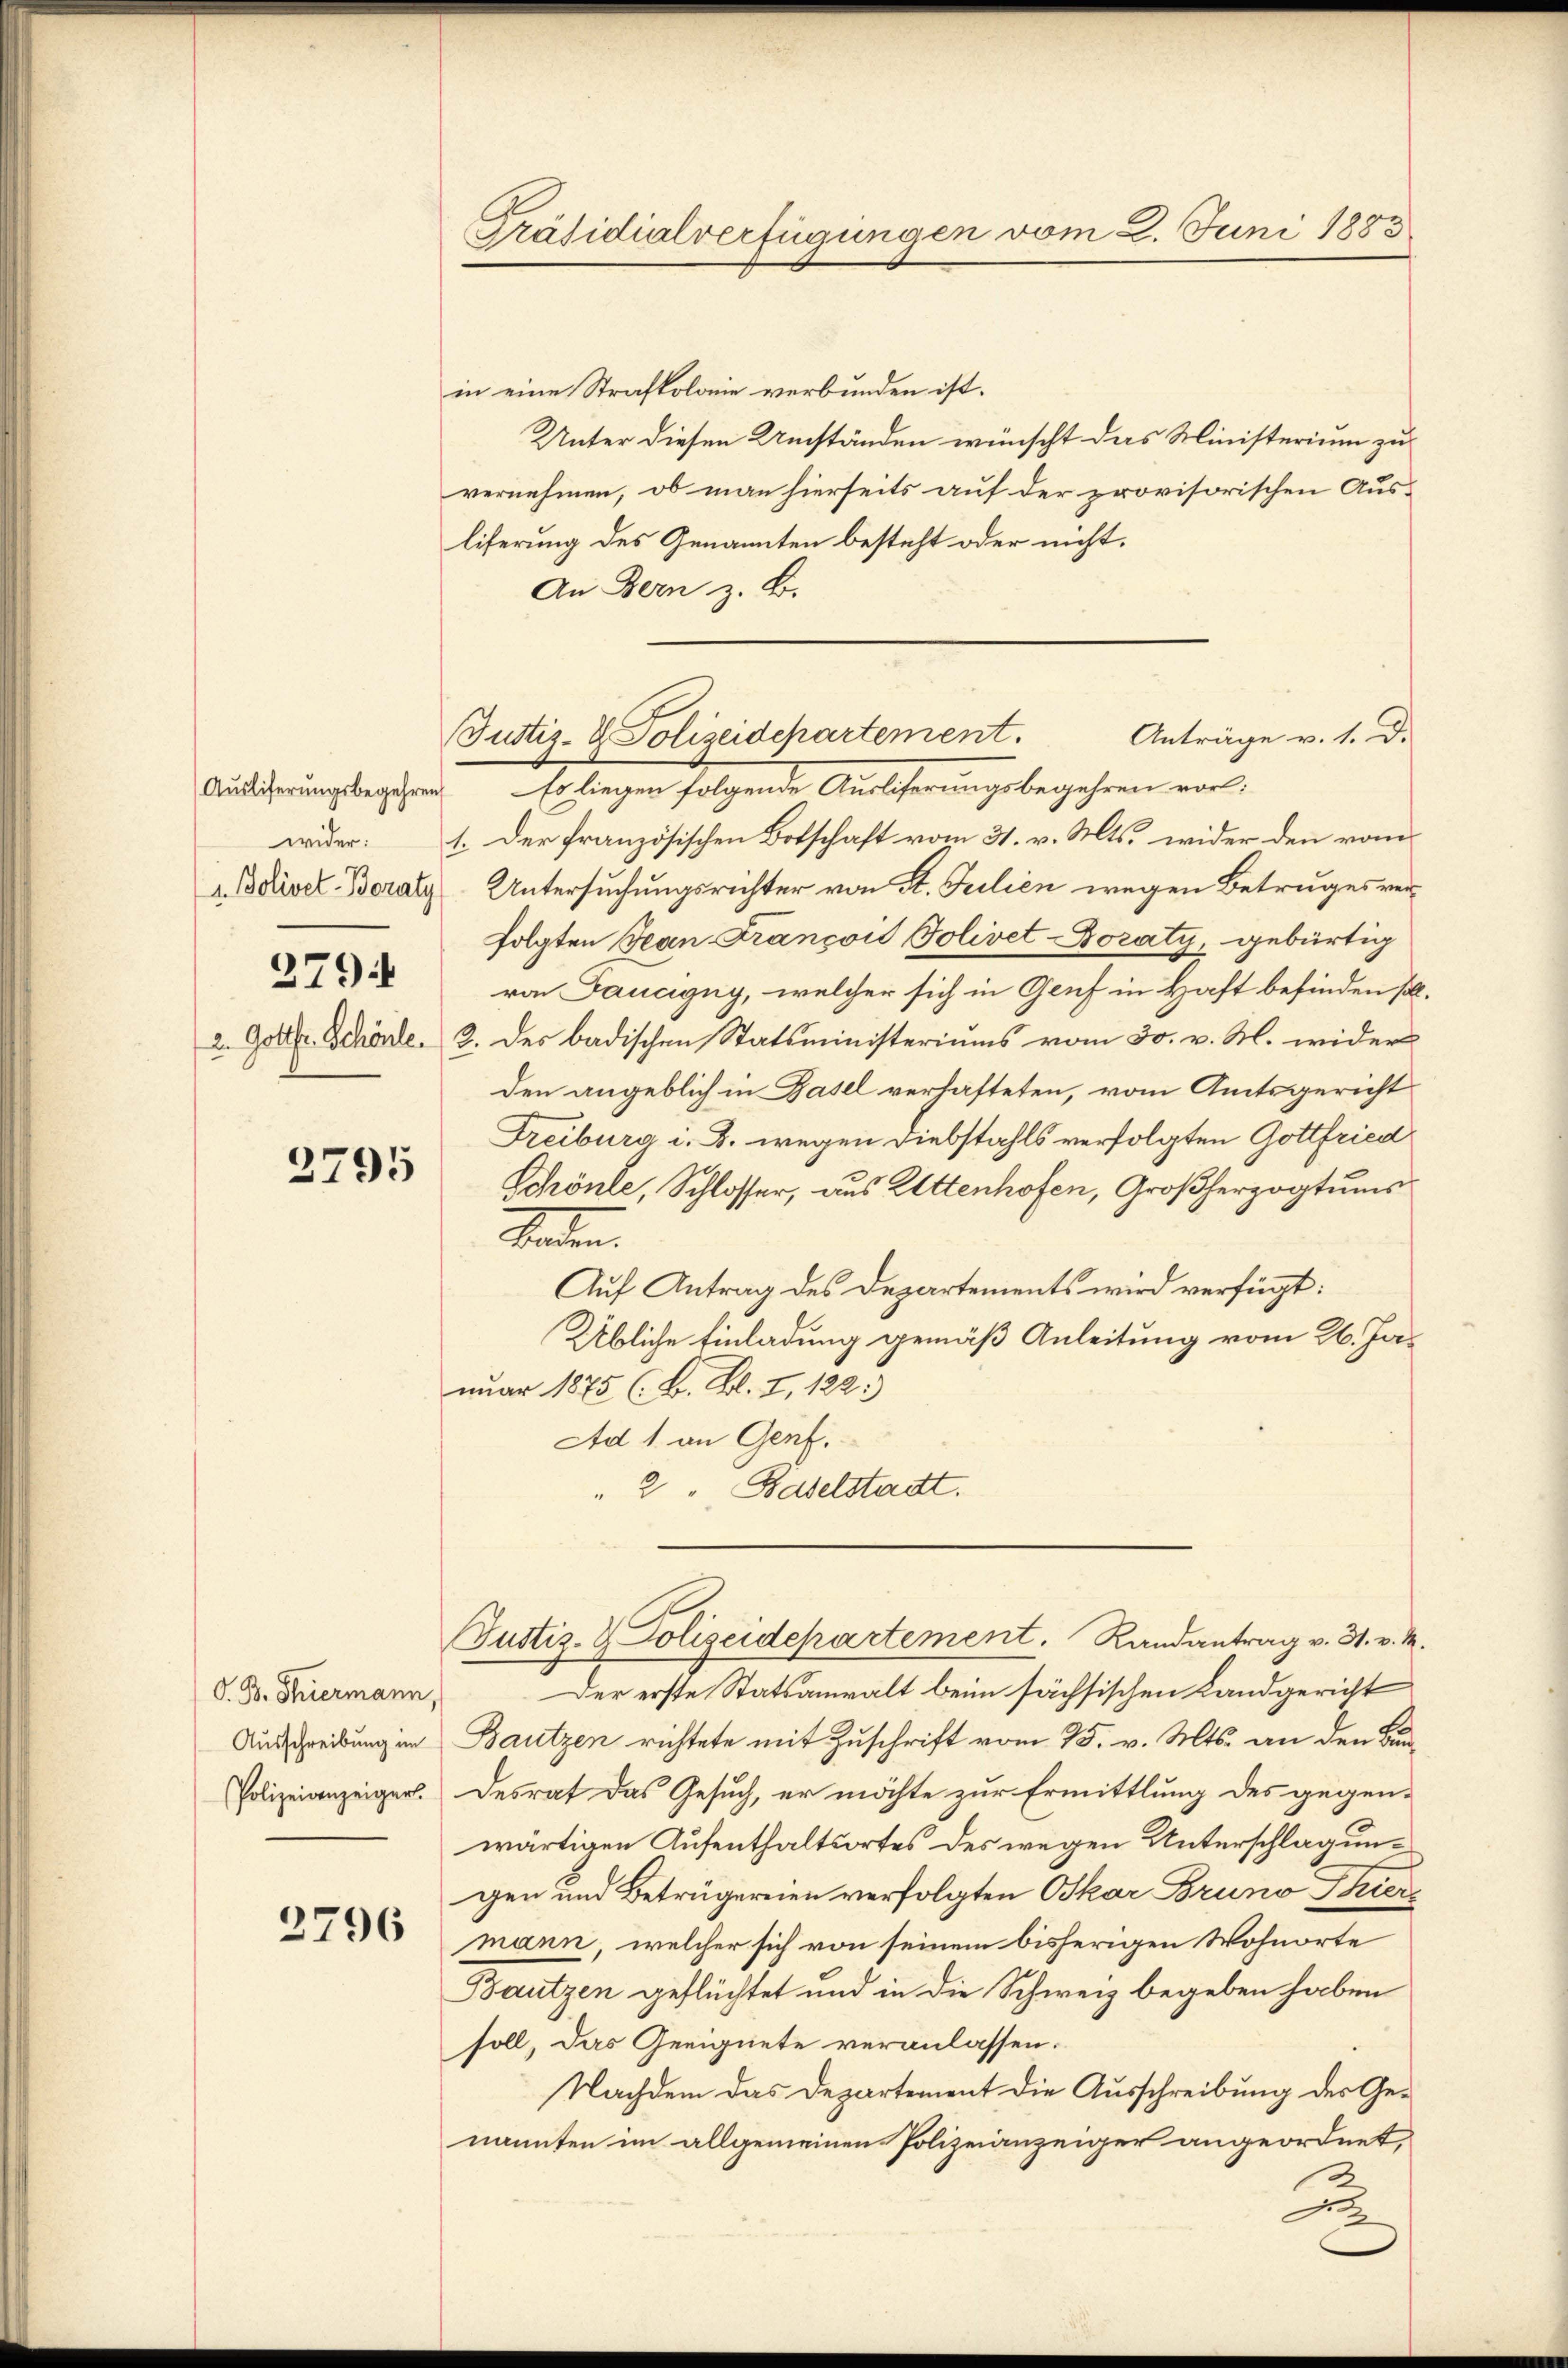
wider:
2794

2795

O. B. Thiermann,

2796

in eine Strafkolonie verbunden ist.
Unter diesen Umständen wünscht das Ministerium zu
vernehmen, ob man hierseits auf der provisorischen Ausliferung des Genannten besteht oder nicht.
An Bern z. B.
Auslicherungsbegehren. Es liegen folgende Auslieferungsbegehren vor:
1. Der französischen Botschaft vom 31. v. Mts. wider den vom
 Bdiver Boraly Untersuchungsrichter von St. Geilien wegen Betruges verfolgten Jean François Solivet-Dozaty, gebürtig
von Fanagny, welcher sich in Genf in Haft befinden soll.
2. Gottfr. Schönle. 2. des badischen Statsministeriums vom 30. v. M. wider
den angeblich in Basel verlasteten, vom Amtsgericht
Treiburg i. B. wegen Diebstahls verfolgten Gottfried
Schönle, Schlosser, aus Attenhofen, Großherzogtums
Sonden.
Auf Antrag des Departements wird verfügt:
Übliche Einladung gemäß Anleitung vom 26. Ja-
nuar 1875 (B. Bl. I, 122.)
Ad 1 an Genf.
" 2 " Baselstadt.
Justiz- & Polizeidepartement. Randantrag v. 31. v. M.
Der erste Statsanwalt beim sächsischen Landgericht
Ausschreibung in Bautzen richtete mit Zuschrift vom 25. v. Mts. an den Bun¬
Polizeianzeiger. Desrat das Gesuch, er möchte zur Ermittlung des gegen-
wärtigen Aufenthaltsortes des wegen Unterschlagungen und Beträgereien verfolgten Oskar Bruno Thiere
mann, welcher sich von seinem bisherigen Wohnorte
Bautzen geflüchtet und in die Schweiz begeben haben
soll, das Geeignete veranlassen.
Nachdem das Departement die Ausschreibung des Genannten im allgemeinen Polizeianzeiger angeordnet,
A

Präsidialverfügungen vom 2. Juni 1883

Anträge v. 1. d.
Justiz- & Polizeidepartement.